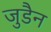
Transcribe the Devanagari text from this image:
जुडैन